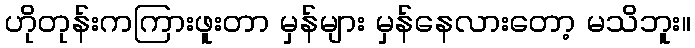
ဟိုတုန်းကကြားဖူးတာ မှန်များ မှန်နေလားတော့ မသိဘူး။